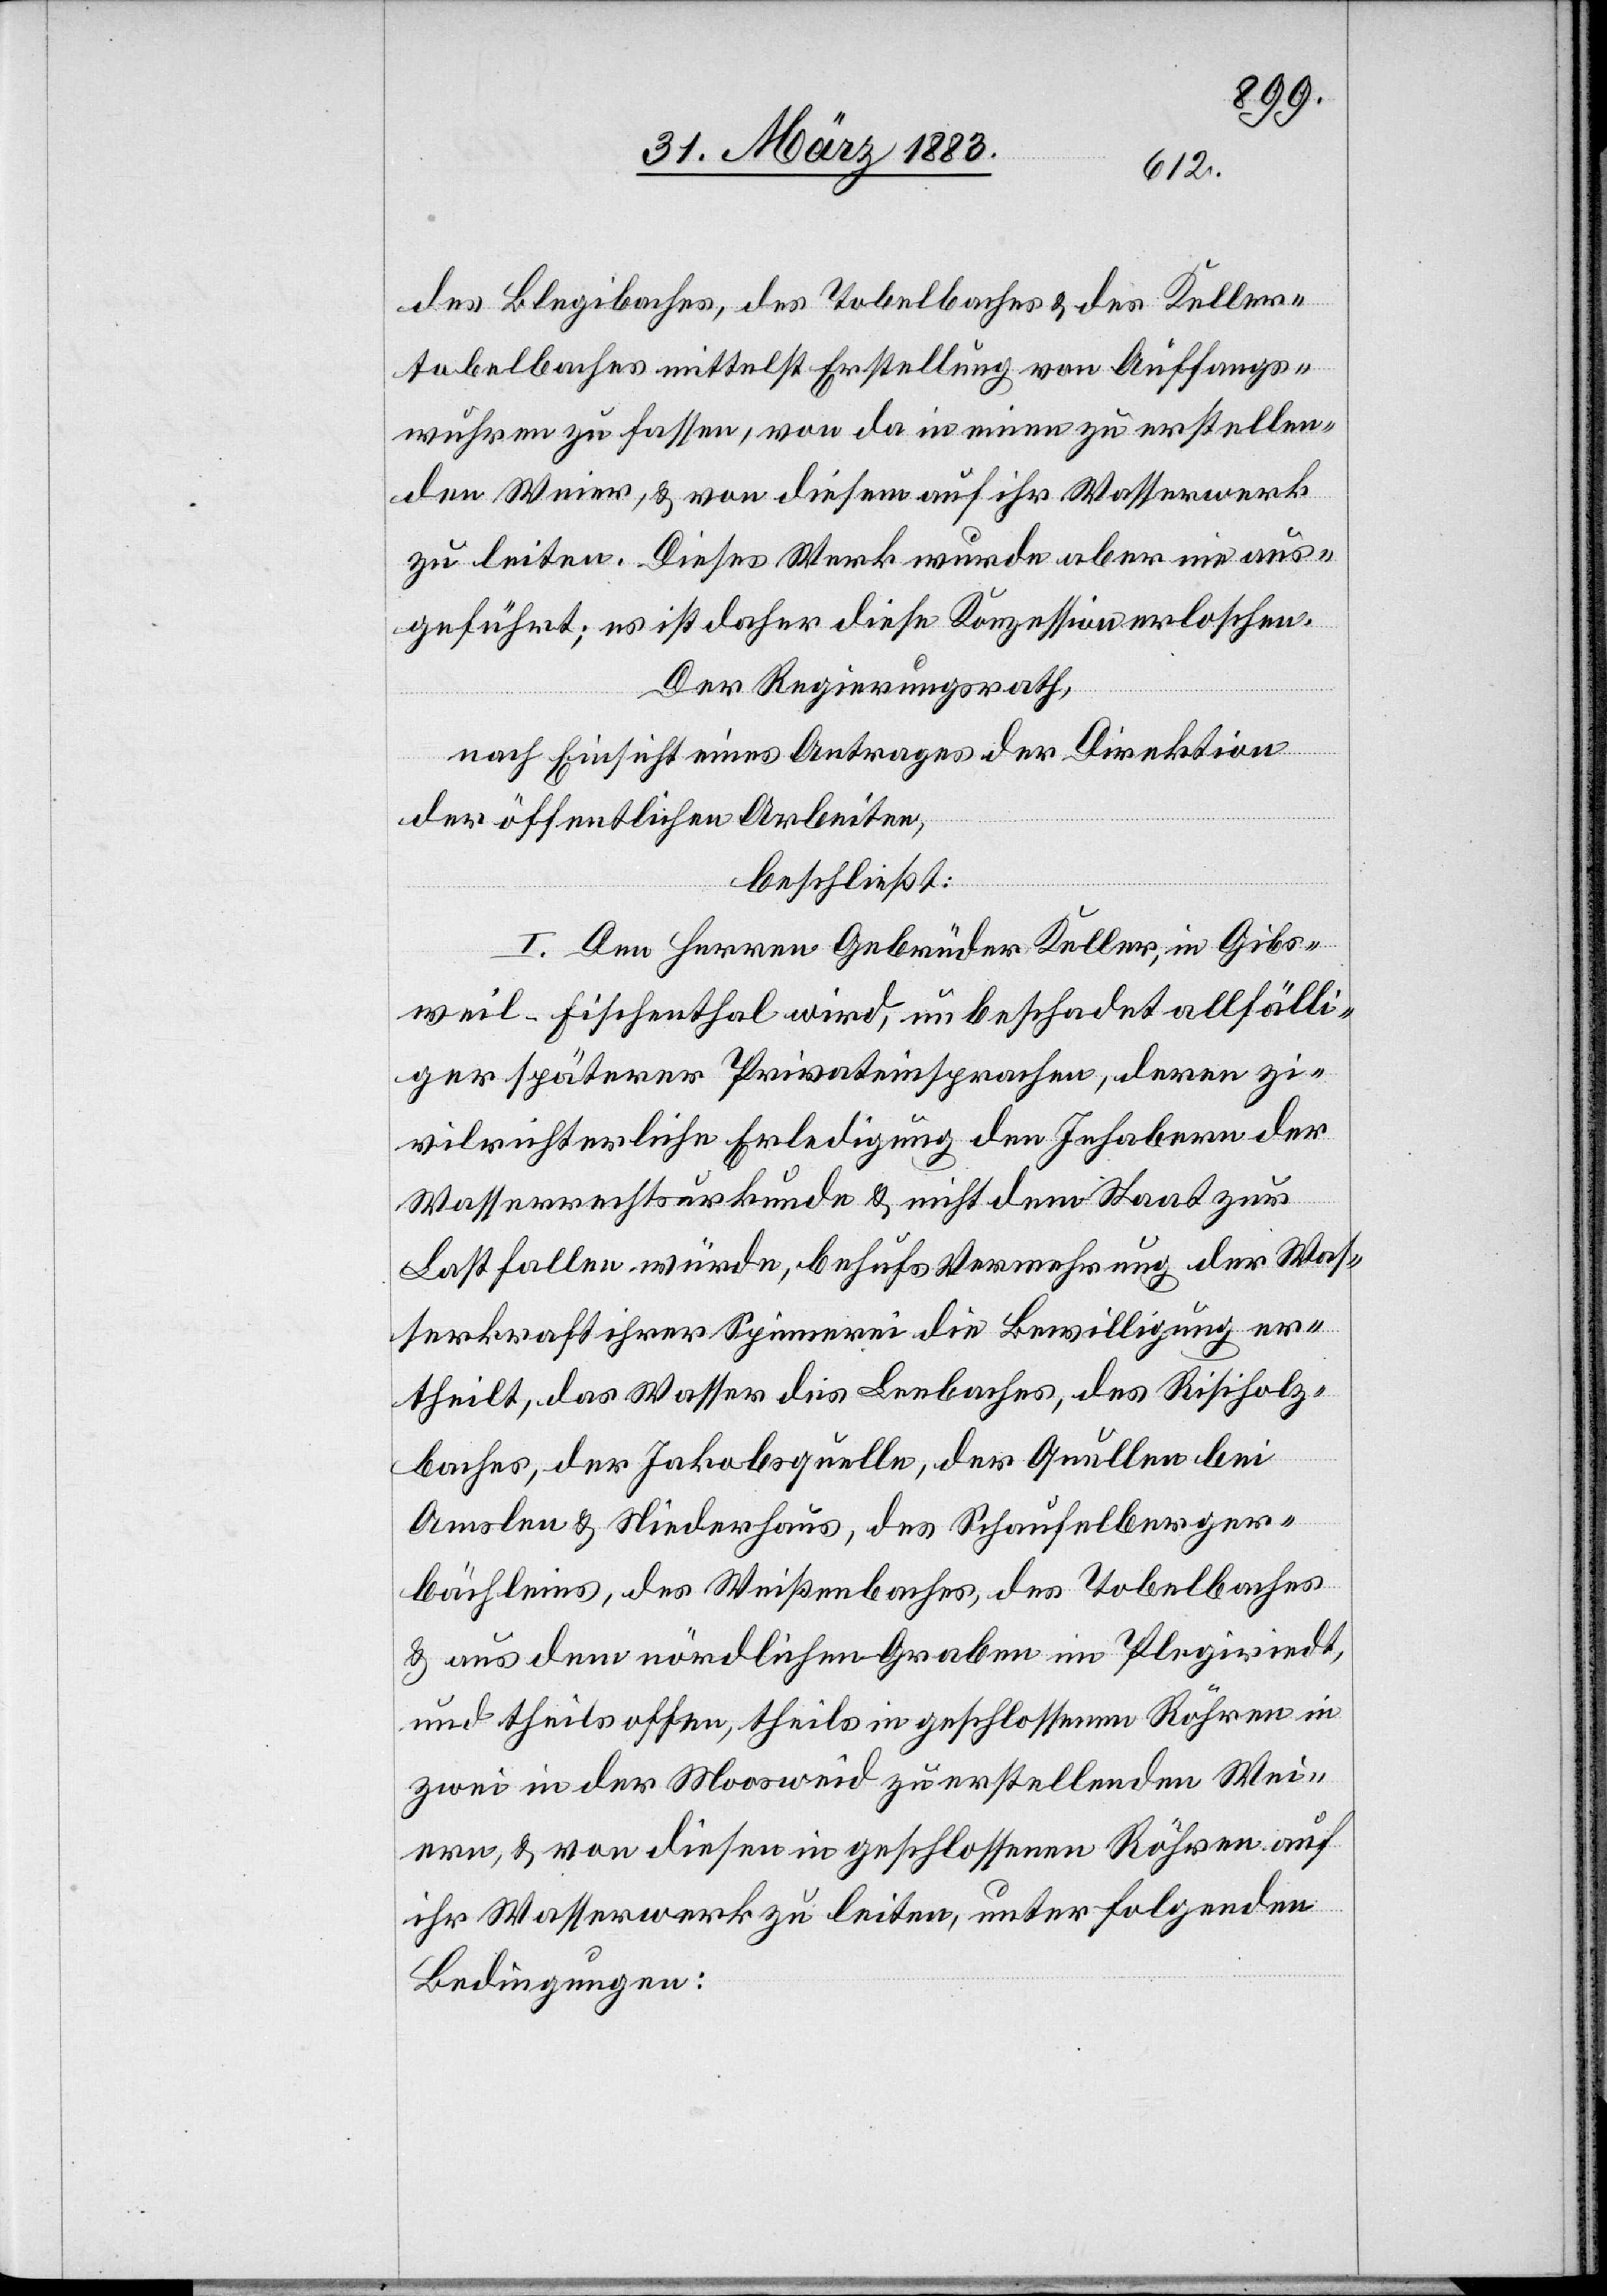
des Blegibaches, des Tobelbaches & des Keller¬
tobelbaches mittelst Erstellung von Auffangs¬
wuhren zu fassen, von da in einen zu erstellen¬
den Weier, & von diesem auf ihr Wasserwerk
zu leiten. Dieses Werk wurde aber nie aus¬
geführt; es ist daher diese Konzession erloschen.
Der Regierungsrath,
nach Einsicht eines Antrages der Direktion
der öffentlichen Arbeiten,
beschließt:
I. Den Herren Gebrüder Keller, in Gibs¬
weil - Fischenthal wird, unbeschadet allfälli¬
ger späterer Privateinsprachen, deren zi¬
vilrichterliche Erledigung den Inhabern der
Wasserrechturkunde & nicht dem Staat zur
Last fallen würde, behufs Vermehrung der Was¬
serkraft ihrer Spinnerei die Bewilligung er¬
theilt, das Wasser des Leebaches, des Risiholz¬
baches, der Jakobsquelle, der Quellen bei
Amslen & Niederhaus, des Schaufelberger¬
bächleins, des Weißenbaches, des Tobelbaches
& aus dem nördlichen Graben im Plegiriedt,
und theils offen, theils in geschlossenen Röhren in
zwei in der Moosweid zu erstellenden Wei¬
ern, & von diesen in geschlossenen Röhren auf
ihr Wasserwerk zu leiten, unter folgenden
Bedingungen: